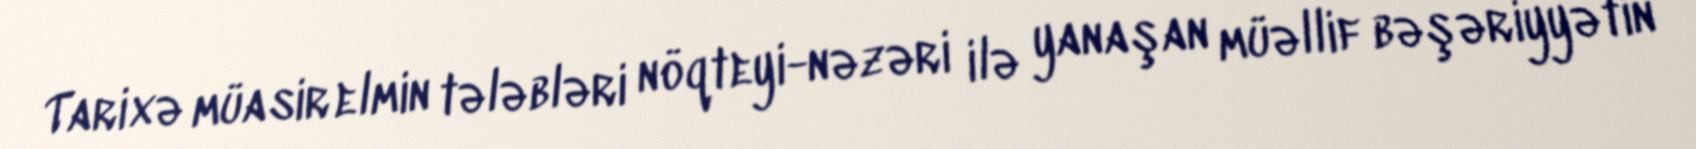
Tarixə müasir elmin tələbləri nöqteyi-nəzəri ilə yanaşan müəllif bəşəriyyətin